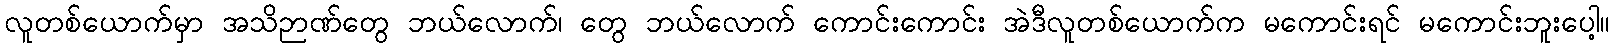
လူတစ်ယောက်မှာ အသိဉာဏ်တွေ ဘယ်လောက်၊ တွေ ဘယ်လောက် ကောင်းကောင်း အဲဒီလူတစ်ယောက်က မကောင်းရင် မကောင်းဘူးပေါ့။